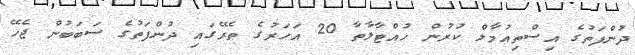
ދުންފަތުގެ އިސްތިއުމާލް ކުރުން ހުއްޓާލާތާ 20 އަހަރުގެ ތެރޭގައި ދުންފަތުގެ ސަބަބުން ޖެހޭ